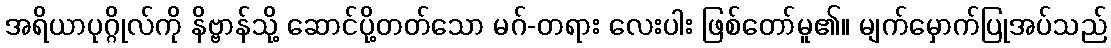
အရိယာပုဂ္ဂိုလ်ကို နိဗ္ဗာန်သို့ ဆောင်ပို့တတ်သော မဂ်-တရား လေးပါး ဖြစ်တော်မူ၏။ မျက်မှောက်ပြုအပ်သည်